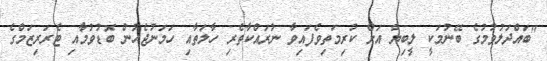
"ބައްދަލުވުމުގެ ބޭނުމަކީ ލީބިޔާ އަށް ކުރިމަތިވެފައިވާ ނުރައްކާތެރި ހާލަތާއި ހަމަނުޖެހުން ބޮޑުވުމާއި ޓެރަރިޒަމްގެ